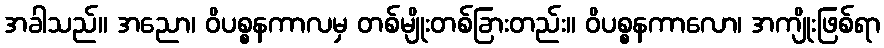
အခါသည်။ အညော၊ ဝိပစ္စနကာလမှ တစ်မျိုးတစ်ခြားတည်း။ ဝိပစ္စနကာလော၊ အကျိုးဖြစ်ရာ